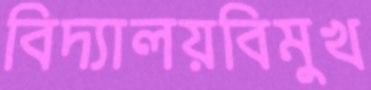
বিদ্যালয়বিমুখ